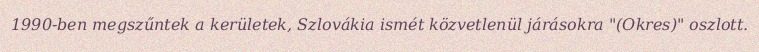
1990-ben megszűntek a kerületek, Szlovákia ismét közvetlenül járásokra "(Okres)" oszlott.